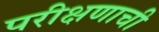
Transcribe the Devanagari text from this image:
परीक्षणाची